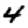
Digit: 4